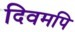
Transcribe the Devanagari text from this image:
दिवमपि